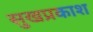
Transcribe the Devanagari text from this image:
सुखप्रकाश